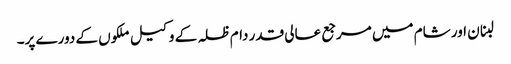
لبنان اور شام میں مرجع عالی قدر دام ظلہ کے وکیل ملکوں کے دورے پر۔